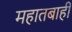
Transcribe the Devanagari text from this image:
महातबाही